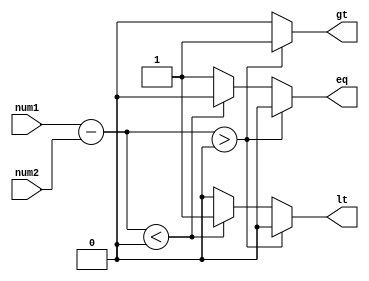
module unsigned_comparator(
    input [7:0] num1,
    input [7:0] num2,
    output reg gt,
    output reg lt,
    output reg eq
);

reg [8:0] diff;

always @ (num1, num2)
begin
    diff = num1 - num2;
    
    if (diff > 0)
    begin
        gt = 1;
        lt = 0;
        eq = 0;
    end
    else if (diff < 0)
    begin
        gt = 0;
        lt = 1;
        eq = 0;
    end
    else
    begin
        gt = 0;
        lt = 0;
        eq = 1;
    end
end

endmodule